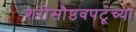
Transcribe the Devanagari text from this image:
शरीसौष्ठवपटूंच्या